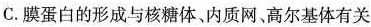
C.膜蛋白的形成与核糖体、内质网、高尔基体有关